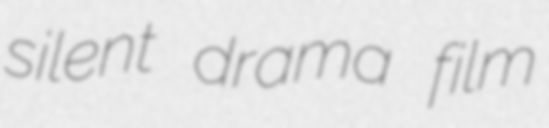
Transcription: silent drama film